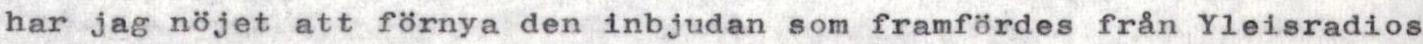
har jag nöjet att förnya den inbjudan som framfördes från Yleisradios